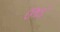
ઉજડી